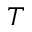
T